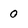
Character: 0